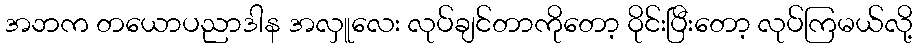
အဘက တယောပညာဒါန အလှူလေး လုပ်ချင်တာကိုတော့ ဝိုင်းပြီးတော့ လုပ်ကြမယ်လို့